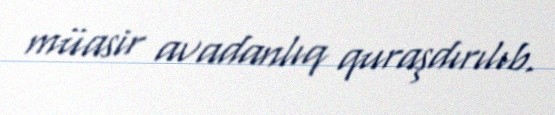
müasir avadanlıq quraşdırılıb.